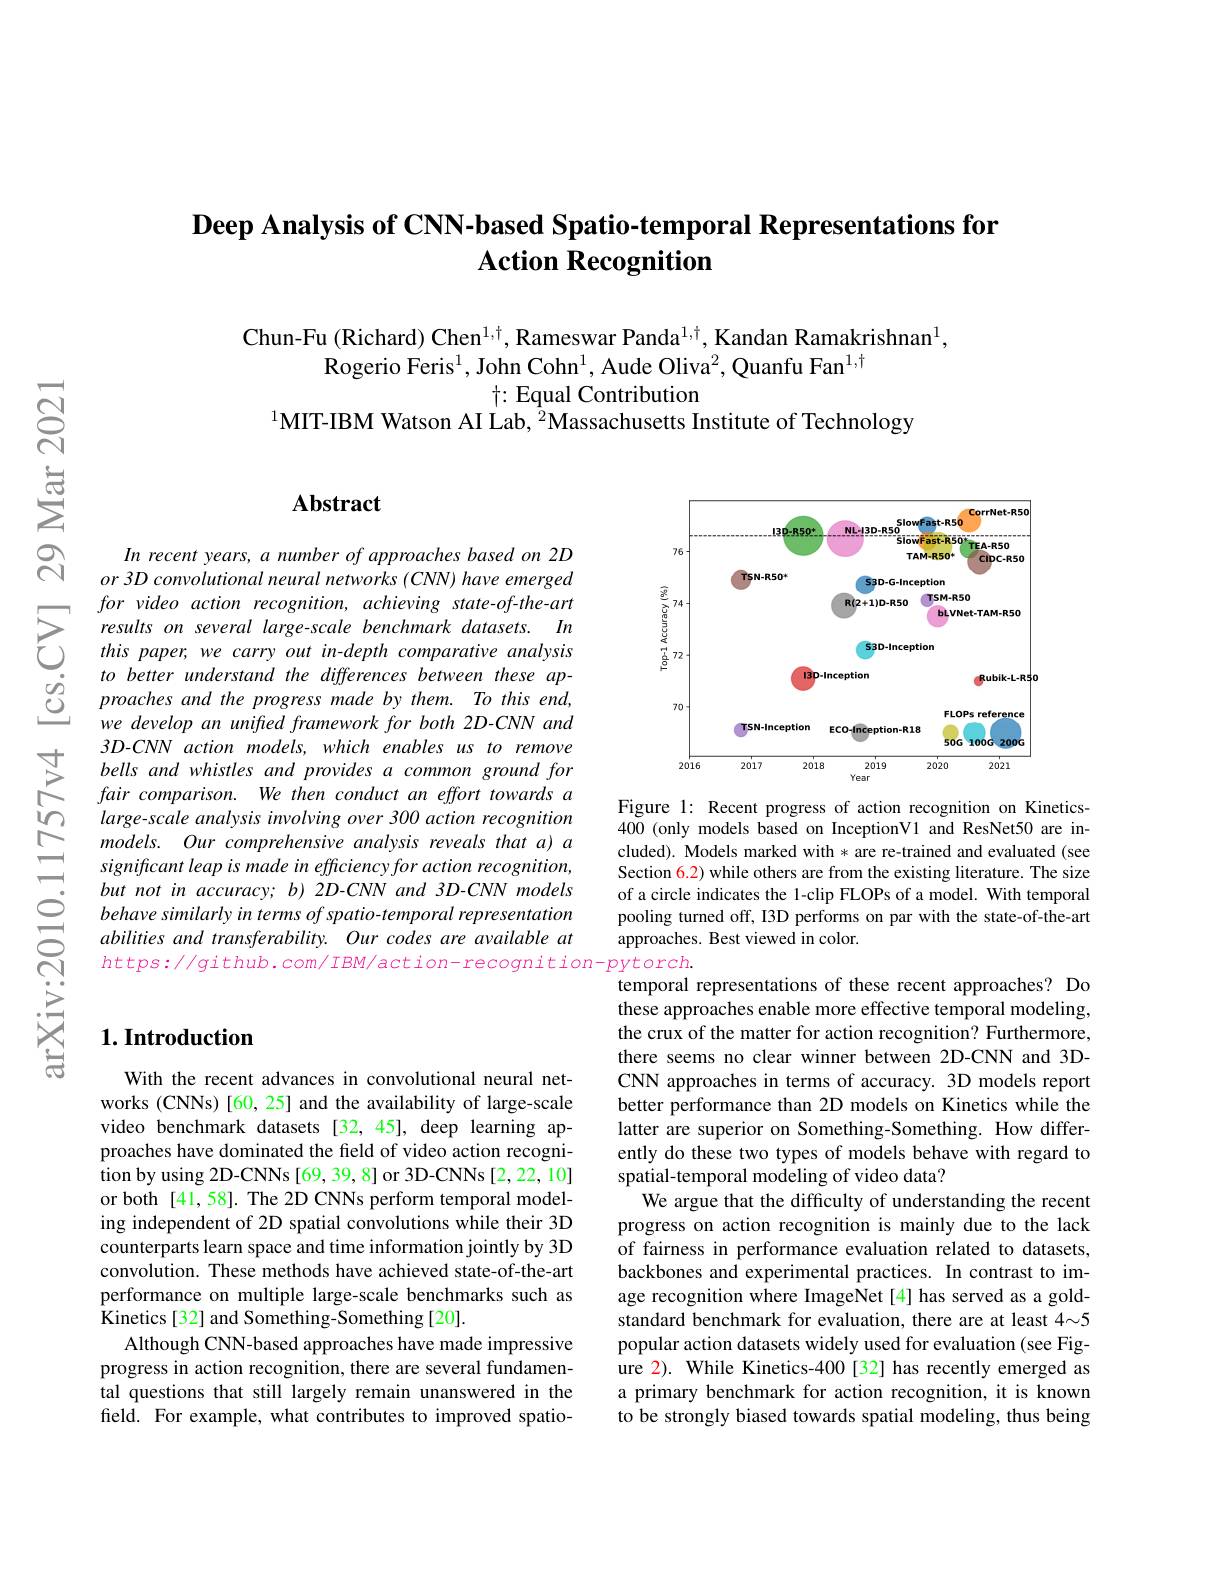
## Deep Analysis of CNN-based Spatio-temporal Representations for Action Recognition

Chun-Fu (Richard) Chen$^1,\dagger$, Rameswar Panda$^{1,\dagger}$, Kandan Ramakrishnan$^1$,
Rogerio Feris$^1$, John Cohn$^1$, Aude Oliva$^2$, Quanfu Fan$^{1,\dagger}$
$\dagger:$ Equal Contribution
$^{1}$MIT-IBM Watson AI Lab, $^2$Massachusetts Institute of Technology

### $\mathbf{Abstract}$

In recent years, a number of approaches based on 2D or 3D convolutional neural networks (CNN) have emerged for video action recognition, achieving state-of-the-art
$\sum_{\begin{array}{lll}{for~vaeo~actton~recogntton,~achteving~state-of-the-art}\\{results~on~several~large-scale~benchmark~datasets.~In}\\{this~paper,~we~carry~out~in-depth~comparative~analysis}\end{array}}$ $\begin{array}{lllllllllllllllllllllll}&to&better&understand&the&differences&between&these&ap-\\\dot{O}&proaches&and&the&progress&made&by&them.&To&this&end,\\&we&develon&an&unifed&framework&for&both&2D-CNN&and\end{array}$
we develop an unifred framework for both 2D-CNN and 3D-CNN action models, which enables us to remove bells and whistles and provides a common ground for fair comparison. We then conduct an effort towards a large-scale analysis involving over 300 action recognition models. Our comprehensive analysis reveals that a) a significant leap is made in efficiency for action recognition, but not in accuracy; b) 2D-CNN and 3D-CNN models behave similarly in terms of spatio-temporal representation abilities and transferability. Our codes are available at $https://github.com/IBM/action-recognition-pytorch.$

<FigureHere>

Figure 1: Recent progress of action recognition on Kinetics- 400 (only models based on InceptionV1 and ResNet50 are included). Models marked with * are re-trained and evaluated (see Section 6.2) while others are from the existing literature. The size of a circle indicates the 1-clip FLOPs of a model. With temporal pooling turned off, I3D performs on par with the state-of-the-art approaches. Best viewed in color.

temporal representations of these recent approaches? Do these approaches enable more effective temporal modeling, the crux of the matter for action recognition? Furthermore, there seems no clear winner between 2D-CNN and 3DCNN approaches in terms of accuracy. 3D models report better performance than 2D models on Kinetics while the latter are superior on Something-Something. How differently do these two types of models behave with regard to spatial-temporal modeling of video data?
We argue that the difficulty of understanding the recent progress on action recognition is mainly due to the lack of fairness in performance evaluation related to datasets, backbones and experimental practices. In contrast to image recognition where ImageNet [4] has served as a goldstandard benchmark for evaluation, there are at least 4~5 popular action datasets widely used for evaluation (see Figure 2). While Kinetics-400[32] has recently emerged as a primary benchmark for action recognition, it is known to be strongly biased towards spatial modeling, thus being

### $1. \textbf{Introduction}$

With the recent advances in convolutional neural networks (CNNs) [60, 25] and the availability of large-scale video benchmark datasets [32,45], deep learning approaches have dominated the field of video action recogni- tion by using 2D- CNNs [ 69, 39, 8] or 3D- CNNs [ 2, 22, 10] or both [41,58]. The 2D CNNs perform temporal modeling independent of 2D spatial convolutions while their 3D counterparts learn space and time information jointly by 3D convolution. These methods have achieved state-of-the-art performance on multiple large-scale benchmarks such as Kinetics [32] and Something-Something [20].
Although CNN-based approaches have made impressive progress in action recognition, there are several fundamental questions that still largely remain unanswered in the field. For example, what contributes to improved spatio-